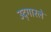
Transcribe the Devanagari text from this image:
उद्‍गारले